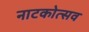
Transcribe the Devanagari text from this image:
नाटकोत्सव